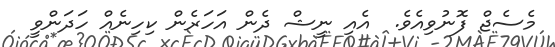
މެސެޖް ފޮނުވިއެވެ.  އެއި ނީޝް ދެން އަހަރެން ކިހިނެއް ހަދަންވީ